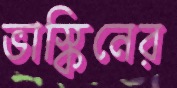
ভাস্কিনের